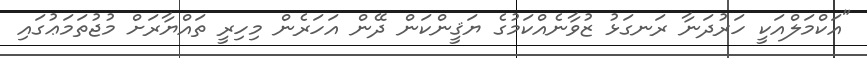
"އަކްމަލްއަކީ ހަރުދަނާ ރަނގަޅު ޒުވާނެއްކަމުގެ ޔަޤީންކަން ދޭން އަހަރެން މިހިރީ ތައްޔާރަށް މުޖުތަމަޢުގައި